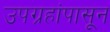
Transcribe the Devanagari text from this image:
उपग्रहांपासून